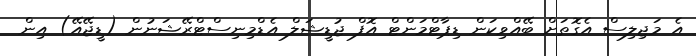
އެ މަޖިލިސް އެގޮތަށް ބޭއްވިކަން ޑިޕާޓްމަންޓް އޮފް ޖުޑީޝަލް އެޑްމިނިސްޓްރޭޝަނުން (ޑީޖޭއޭ) އިން